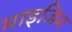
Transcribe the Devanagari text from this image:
माइजिम